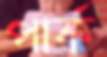
পার্ক